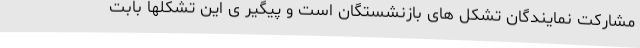
مشارکت نمایندگان تشکل های بازنشستگان است و پیگیر ی این تشکلها بابت